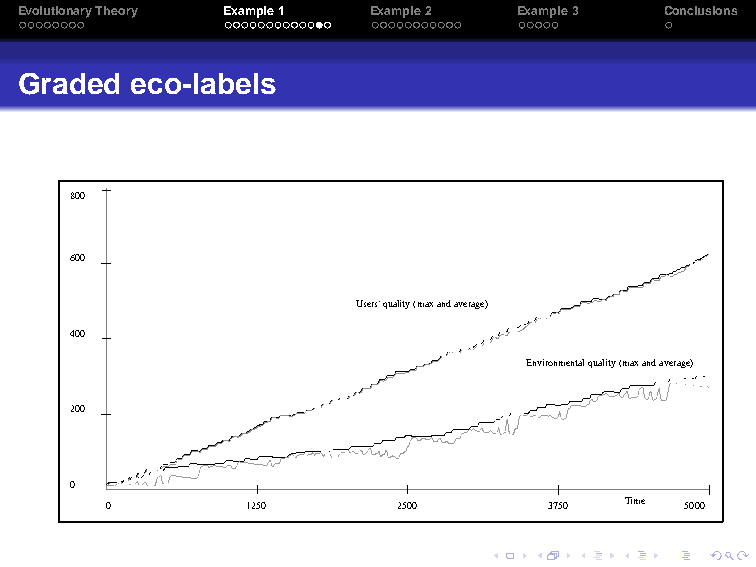
EvolutionaryTheory Example1 Example2 Example3 Conclusions
 Graded  eco-labels
 800
 600
 Users' quality (max and average)
 400
 Environmental quality (max and average)
 200
 0
 0        1250      2500      3750 Time 5000